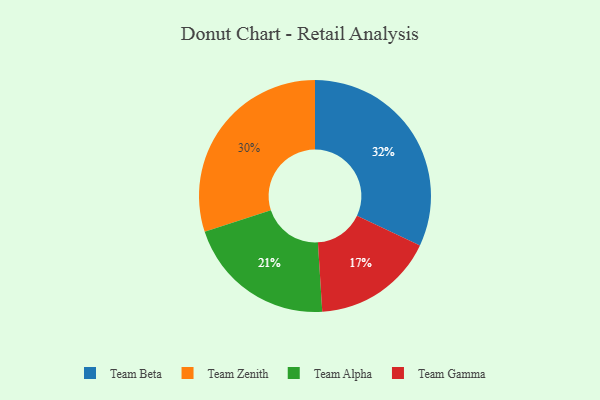
{"axis": {"x": "Category", "y": "Percentage"}, "legend": ["Team Alpha", "Team Beta", "Team Gamma", "Team Zenith"], "data": [{"x": "Team Alpha", "y": 21, "type": "Team Alpha"}, {"x": "Team Beta", "y": 32, "type": "Team Beta"}, {"x": "Team Zenith", "y": 30, "type": "Team Zenith"}, {"x": "Team Gamma", "y": 17, "type": "Team Gamma"}]}